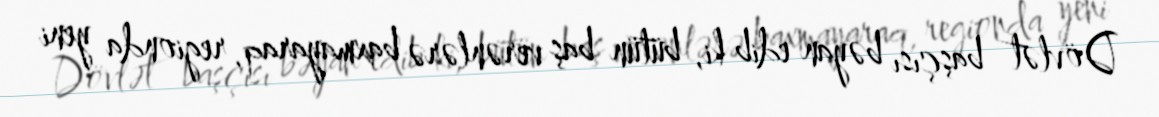
Dövlət başçısı bəyan edib ki, bütün baş verənlərə baxmayaraq, regionda yeni